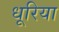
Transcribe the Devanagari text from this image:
धूरिया